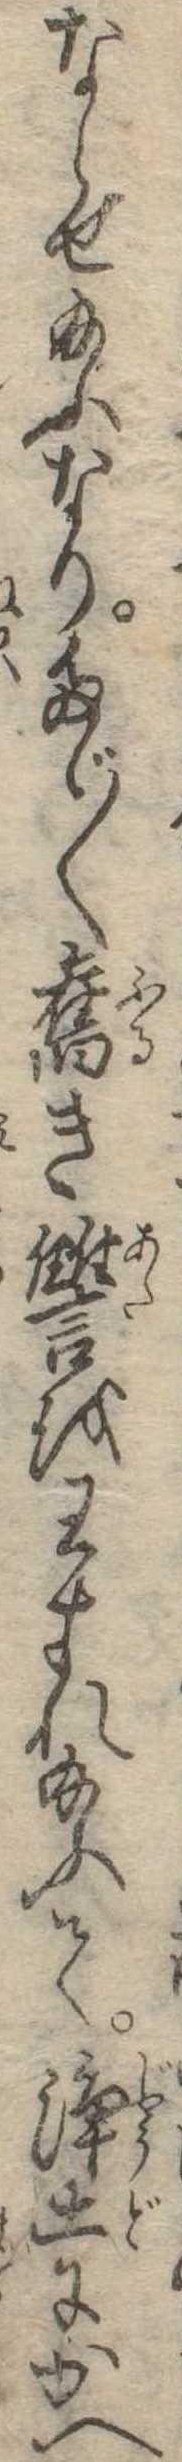
ならせ給ふなりたゞ〱旧き讐をわすれ給ふて浄土にかへ